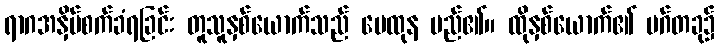
ရာဂအနှိပ်စက်ခံရခြင်း တူသူနှစ်ယောက်သည် မေထုန မည်၏။ ထိုနှစ်ယောက်၏ မဂ်တခု၌